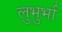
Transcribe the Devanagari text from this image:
लुभुर्भा